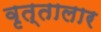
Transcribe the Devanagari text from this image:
वृत्तालार